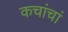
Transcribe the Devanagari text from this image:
कचांचां